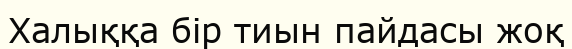
Халыққа бір тиын пайдасы жоқ